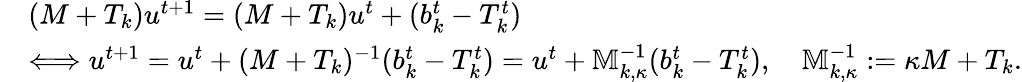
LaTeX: \begin{array}{rl}&{(M+T_{k})u^{t+1}=(M+T_{k})u^{t}+(b_{k}^{t}-T_{k}^{t})}\\ &{\Longleftrightarrow u^{t+1}=u^{t}+(M+T_{k})^{-1}(b_{k}^{t}-T_{k}^{t})=u^{t}+\mathbb{M}_{k,\kappa}^{-1}(b_{k}^{t}-T_{k}^{t}),\quad\mathbb{M}_{k,\kappa}^{-1}:=\kappa M+T_{k}.}\end{array}